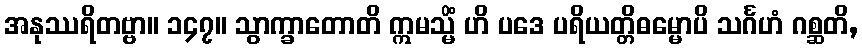
အနုဿရိတဗ္ဗာ။ ၁၄၇။ သွာက္ခာတောတိ ဣမသ္မိံ ဟိ ပဒေ ပရိယတ္တိဓမ္မောပိ သင်္ဂဟံ ဂစ္ဆတိ,